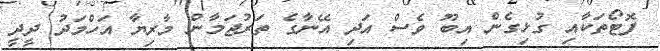
ފޮޓޯތަކާއި ގުޅިގެން އިބޫ ވެސް އަދި އޭނާގެ ތަރުޖަމާން މާރިޔާ އަހްމަދު ދީދީ